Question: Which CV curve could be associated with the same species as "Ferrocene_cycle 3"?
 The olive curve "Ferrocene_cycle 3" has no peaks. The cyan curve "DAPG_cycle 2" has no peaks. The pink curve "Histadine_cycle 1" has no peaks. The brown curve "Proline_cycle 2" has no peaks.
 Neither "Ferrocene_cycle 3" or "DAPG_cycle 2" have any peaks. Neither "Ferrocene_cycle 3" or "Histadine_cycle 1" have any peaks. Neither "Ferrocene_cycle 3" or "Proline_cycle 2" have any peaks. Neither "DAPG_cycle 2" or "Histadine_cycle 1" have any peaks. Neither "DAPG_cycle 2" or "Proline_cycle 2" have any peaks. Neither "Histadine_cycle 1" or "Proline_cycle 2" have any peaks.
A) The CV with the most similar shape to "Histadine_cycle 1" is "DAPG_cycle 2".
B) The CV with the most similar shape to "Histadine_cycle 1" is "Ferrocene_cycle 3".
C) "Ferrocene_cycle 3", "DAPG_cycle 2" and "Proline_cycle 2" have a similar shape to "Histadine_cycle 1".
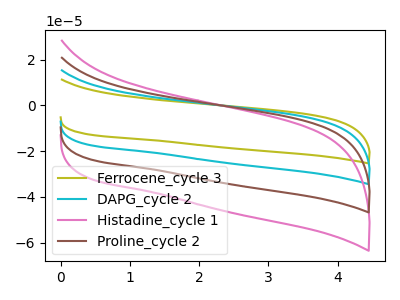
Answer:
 <answer>C) "Ferrocene_cycle 3", "DAPG_cycle 2" and "Proline_cycle 2" have a similar shape to "Histadine_cycle 1".</answer>
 <eval>C</eval>